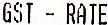
GST - RATE